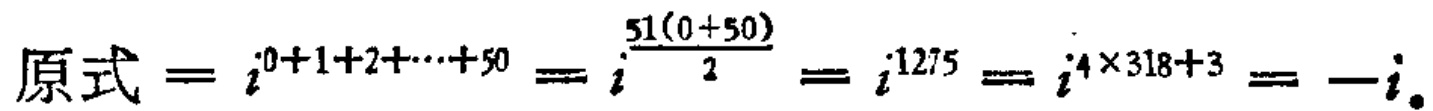
\(原式 = i^{0 + 1 + 2 + \cdots + 50} = i^{\frac{51(0 + 50)}{2}} = i^{1275} = i^{4\times318 + 3} = -i。\)